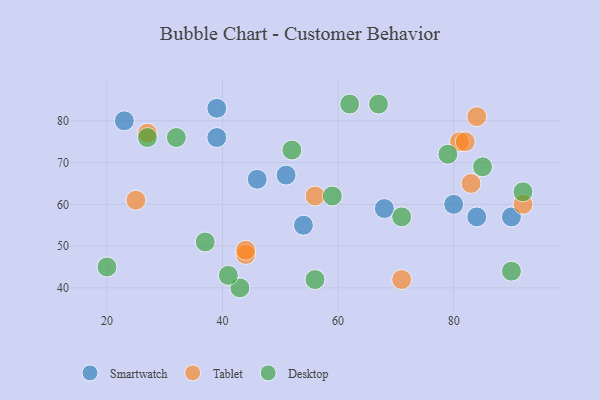
{"axis": {"x": "GDP", "y": "Life Expectancy"}, "legend": ["Desktop", "Smartwatch", "Tablet"], "data": [{"x": "84", "y": 57, "type": "Smartwatch"}, {"x": "39", "y": 76, "type": "Smartwatch"}, {"x": "54", "y": 55, "type": "Smartwatch"}, {"x": "46", "y": 66, "type": "Smartwatch"}, {"x": "39", "y": 83, "type": "Smartwatch"}, {"x": "80", "y": 60, "type": "Smartwatch"}, {"x": "90", "y": 57, "type": "Smartwatch"}, {"x": "51", "y": 67, "type": "Smartwatch"}, {"x": "23", "y": 80, "type": "Smartwatch"}, {"x": "68", "y": 59, "type": "Smartwatch"}, {"x": "44", "y": 48, "type": "Tablet"}, {"x": "71", "y": 42, "type": "Tablet"}, {"x": "25", "y": 61, "type": "Tablet"}, {"x": "81", "y": 75, "type": "Tablet"}, {"x": "44", "y": 49, "type": "Tablet"}, {"x": "82", "y": 75, "type": "Tablet"}, {"x": "56", "y": 62, "type": "Tablet"}, {"x": "83", "y": 65, "type": "Tablet"}, {"x": "92", "y": 60, "type": "Tablet"}, {"x": "27", "y": 77, "type": "Tablet"}, {"x": "84", "y": 81, "type": "Tablet"}, {"x": "90", "y": 44, "type": "Desktop"}, {"x": "52", "y": 73, "type": "Desktop"}, {"x": "62", "y": 84, "type": "Desktop"}, {"x": "43", "y": 40, "type": "Desktop"}, {"x": "71", "y": 57, "type": "Desktop"}, {"x": "56", "y": 42, "type": "Desktop"}, {"x": "79", "y": 72, "type": "Desktop"}, {"x": "20", "y": 45, "type": "Desktop"}, {"x": "92", "y": 63, "type": "Desktop"}, {"x": "37", "y": 51, "type": "Desktop"}, {"x": "27", "y": 76, "type": "Desktop"}, {"x": "41", "y": 43, "type": "Desktop"}, {"x": "59", "y": 62, "type": "Desktop"}, {"x": "32", "y": 76, "type": "Desktop"}, {"x": "85", "y": 69, "type": "Desktop"}, {"x": "67", "y": 84, "type": "Desktop"}]}